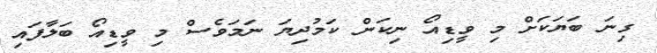
ގިނަ ބަޔަކަށް މި ވީޑިއޯ ނިކަން ކަމުދިޔަ ނަމަވެސް މި ވީޑިއޯ ބަލާފައި